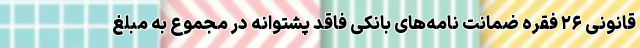
قانونی ۲۶ فقره ضمانت نامه‌های بانکی فاقد پشتوانه در مجموع به مبلغ